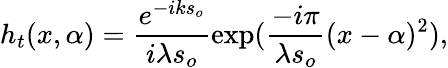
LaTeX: h_{t}(x,\alpha)=\frac{e^{-iks_{o}}}{i\lambda s_{o}}\exp(\frac{-i\pi}{\lambda s_{o}}(x-\alpha)^{2}),